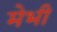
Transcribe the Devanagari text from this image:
मेभी